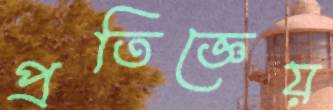
প্রতিজ্ঞেয়